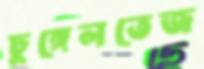
ঢুঙ্গেলতেজ